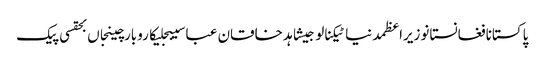
پاکستانافغانستانوزیراعظمدنیاٹیکنالوجیشاہد خاقان عباسیبجلیکاروبارچینجاں بحقسی پیک